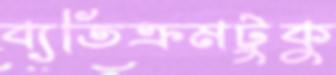
ব্যতিক্রমটুকু